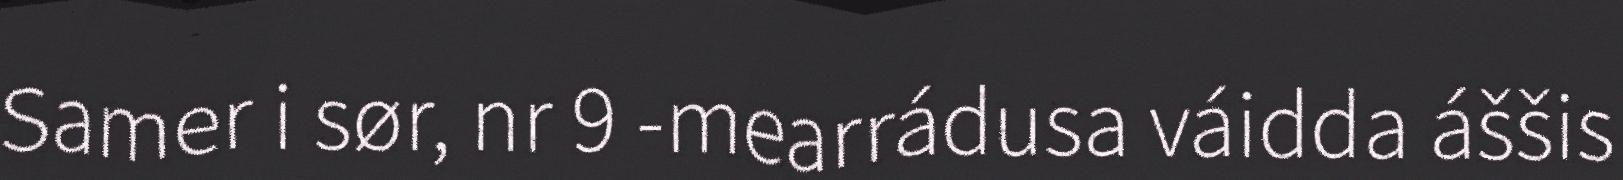
Samer i sør, nr 9 -mearrádusa váidda áššis